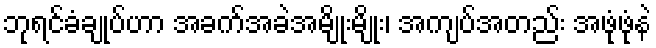
ဘုရင်ခံချုပ်ဟာ အခက်အခဲအမျိုးမျိုး၊ အကျပ်အတည်း အဖုံဖုံနဲ